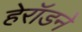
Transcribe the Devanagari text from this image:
हेरॉडने